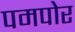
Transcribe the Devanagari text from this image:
पमपोर